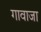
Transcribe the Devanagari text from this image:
गावाजा